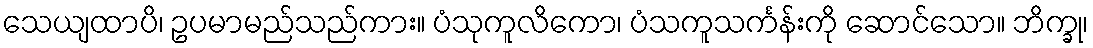
သေယျထာပိ၊ ဥပမာမည်သည်ကား။ ပံသုကူလိကော၊ ပံသကူသင်္ကန်းကို ဆောင်သော။ ဘိက္ခု၊